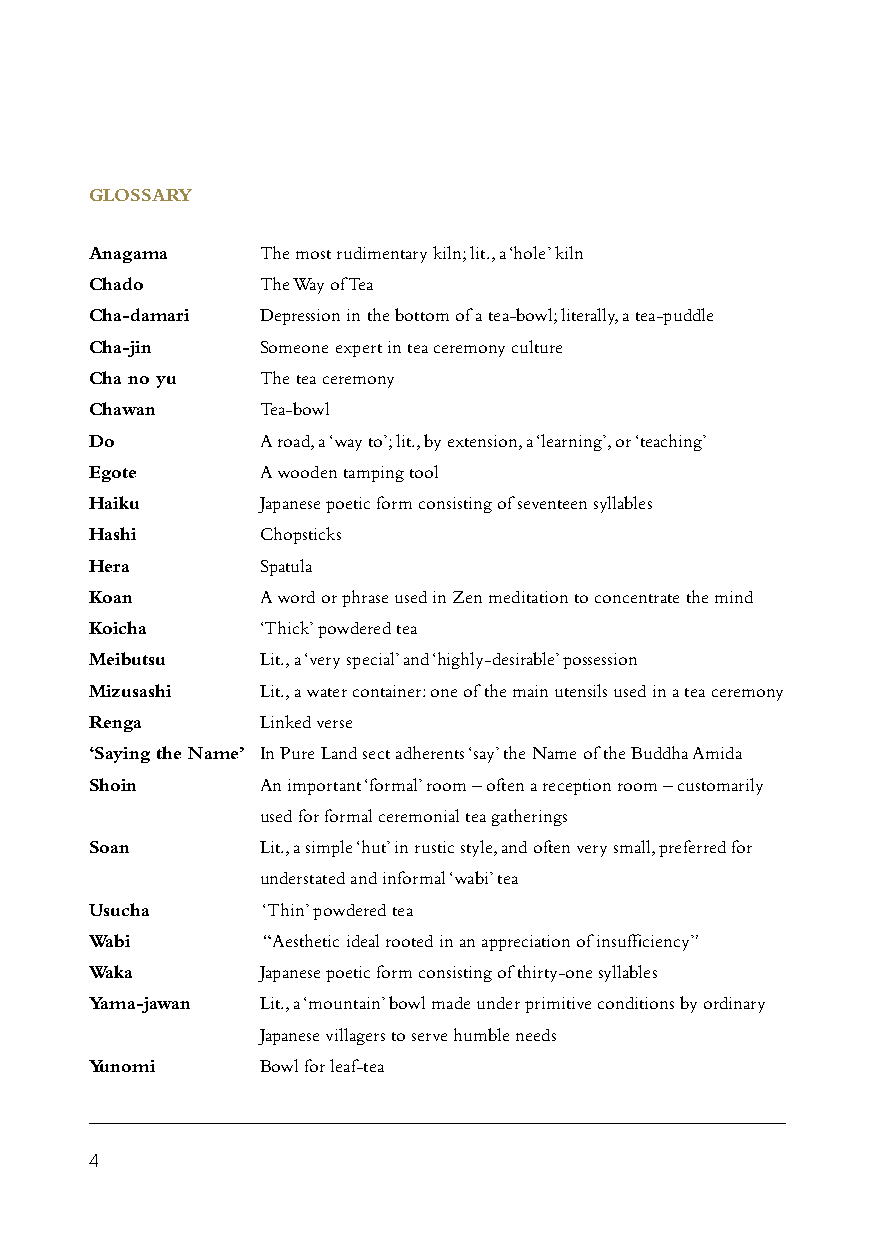
GLOSSARY
 Anagama    The most rudimentary kiln; lit., a ‘hole’ kiln
 Chado      The Way of Tea
 Cha-damari Depression in the bottom of a tea-bowl; literally, a tea-puddle
 Cha-jin    Someone expert in tea ceremony culture
 Cha no yu  The tea ceremony
 Chawan     Tea-bowl
 Do         A road, a ‘way to’; lit., by extension, a ‘learning’, or ‘teaching’
 Egote      A wooden tamping tool
 Haiku      Japanese poetic form consisting of seventeen syllables
 Hashi      Chopsticks
 Hera       Spatula
 Koan       A word or phrase used in Zen meditation to concentrate the mind
 Koicha     ‘Thick’ powdered tea
 Meibutsu   Lit., a ‘very special’ and ‘highly-desirable’ possession
 Mizusashi  Lit., a water container: one of the main utensils used in a tea ceremony
 Renga      Linked verse
 ‘Saying the Name’ In Pure Land sect adherents ‘say’ the Name of the Buddha Amida
 Shoin      An important ‘formal’ room – often a reception room – customarily
 used for formal ceremonial tea gatherings
 Soan       Lit., a simple ‘hut’ in rustic style, and often very small, preferred for
 understated and informal ‘wabi’ tea
 Usucha     ‘Thin’ powdered tea
 Wabi       “Aesthetic ideal rooted in an appreciation of insufficiency”
 Waka       Japanese poetic form consisting of thirty-one syllables
 Yama-jawan Lit., a ‘mountain’ bowl made under primitive conditions by ordinary
 Japanese villagers to serve humble needs
 Yunomi     Bowl for leaf-tea
 